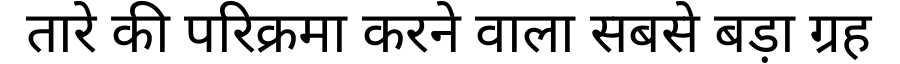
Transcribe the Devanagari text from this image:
तारे की परिक्रमा करने वाला सबसे बड़ा ग्रह